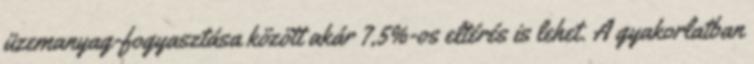
üzemanyag-fogyasztása között akár 7,5%-os eltérés is lehet. A gyakorlatban